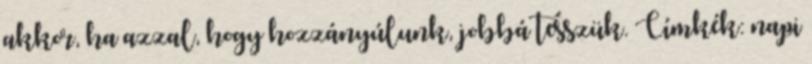
akkor, ha azzal, hogy hozzányúlunk, jobbá tesszük. Címkék: napi